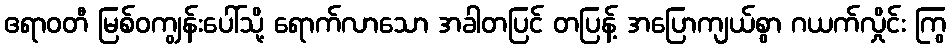
ဧရာဝတီ မြစ်ဝကျွန်းပေါ်သို့ ရောက်လာသော အခါတပြင် တပြန့် အပြောကျယ်စွာ ဂယက်လှိုင်း ကြွ